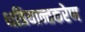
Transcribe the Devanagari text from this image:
क्षत्रियान्तकरेण